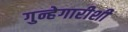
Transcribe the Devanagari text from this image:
गुन्हेगारीशी